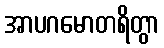
အာပဂမောတရိတွာ